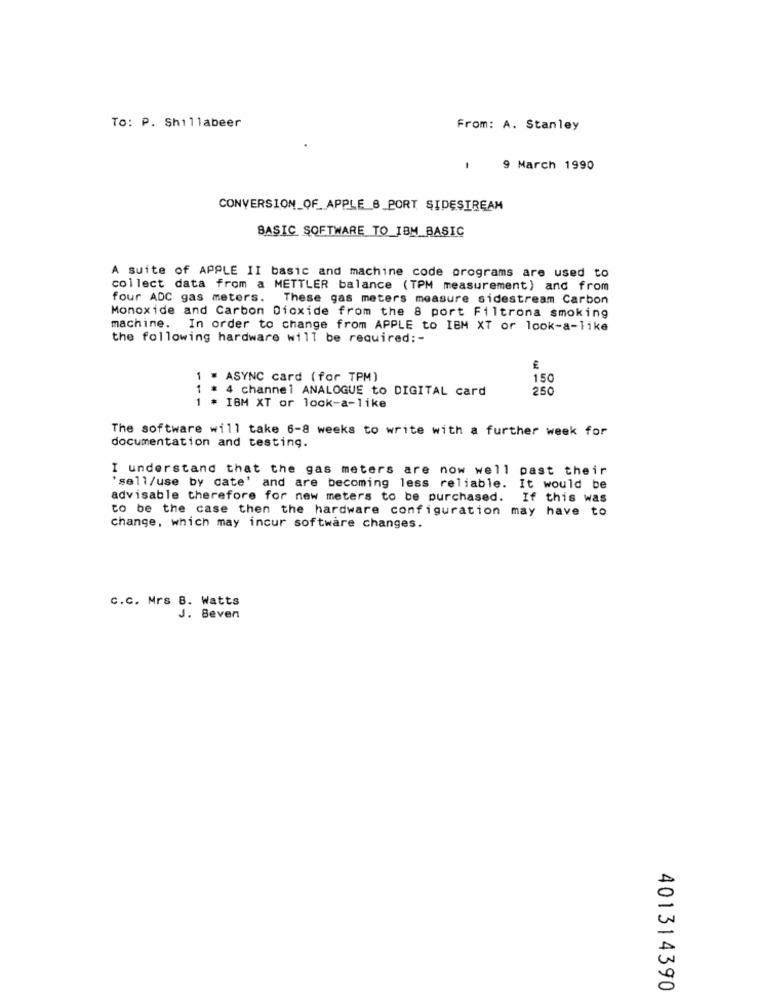
To: P. Shillabeer
From: A. Stanley
9 March 1990
CONVERSION_OF_ APPLE 8_PORT SIDESTREAM
BASIC SOFTWARE TO_IBM_BASIC
A suite of APPLE II basic and machine code programs are used to
collect data from a METTLER balance (TPM measurement) and from
four ADC gas meters. These gas meters measure sidestream Carbon
Monoxide and Carbon Dioxide from the 8 port Filtrona smoking
machine. In order to change from APPLE to IBM XT or look-a-like
the following hardware will be required :-
1 . ASYNC card (for TPM)
150
1
4 channel ANALOGUE to DIGITAL card
250
1 * IBM XT or look-a-like
The software will take 6-8 weeks to write with a further week for
documentation and testing.
I understand that the gas meters are now well past their
sell/use by date' and are becoming less reliable. It would be
advisable therefore for new meters to be purchased. If this was
to be the case then the hardware configuration may have to
change, which may incur software changes.
C.C. Mrs B. Watts
J. Beven
401314390